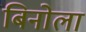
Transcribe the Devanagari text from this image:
बिनोला